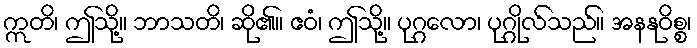
ဣတိ၊ ဤသို့။ ဘာသတိ၊ ဆို၏။ ဧဝံ၊ ဤသို့။ ပုဂ္ဂလော၊ ပုဂ္ဂိုလ်သည်။ အနနုဝိစ္စ၊